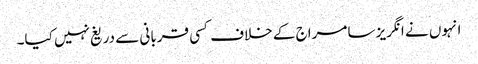
انہوں نے انگریز سامراج کے خلاف کسی قربانی سے دریغ نہیں کیا۔